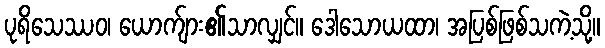
ပုရိသေဿဝ၊ ယောက်ျား၏သာလျှင်။ ဒေါသောယထာ၊ အပြစ်ဖြစ်သကဲ့သို့။